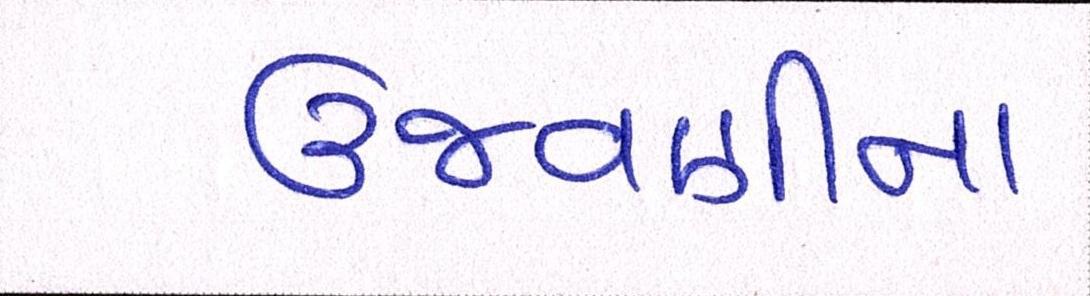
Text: ઉજવણીના